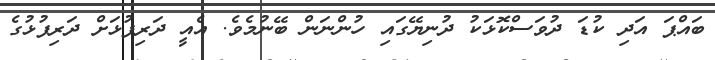
ބައްޕަ އަދި ކުޑަ ދުވަސްކޮޅަކު ދުނިޔޭގައި ހުންނަން ބޭނުމެވެ. އެއީ ދަރިފުޅަށް ދަރިފުޅުގެ